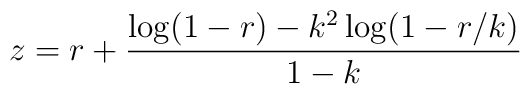
z = r + \frac{\log(1-r) - k^2\log(1-r/k)}{1-k}